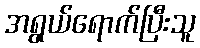
အရွယ်ရောက်ပြီးသူ